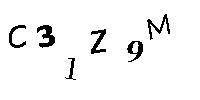
C31Z9M